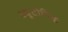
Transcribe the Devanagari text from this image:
ट्यूटोनिक